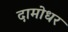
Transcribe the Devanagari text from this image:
दामोधर